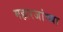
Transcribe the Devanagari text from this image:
महारजांच्या